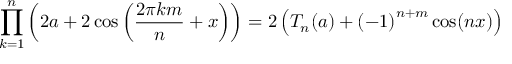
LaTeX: \prod _ { k = 1 } ^ { n } \left( 2 a + 2 \cos \left( { \frac { 2 \pi k m } { n } } + x \right) \right) = 2 \left( T _ { n } ( a ) + { ( - 1 ) } ^ { n + m } \cos ( n x ) \right)